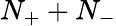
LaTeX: N_{+}+N_{-}